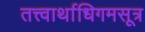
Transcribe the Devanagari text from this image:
तत्त्वार्थाधिगमसूत्र